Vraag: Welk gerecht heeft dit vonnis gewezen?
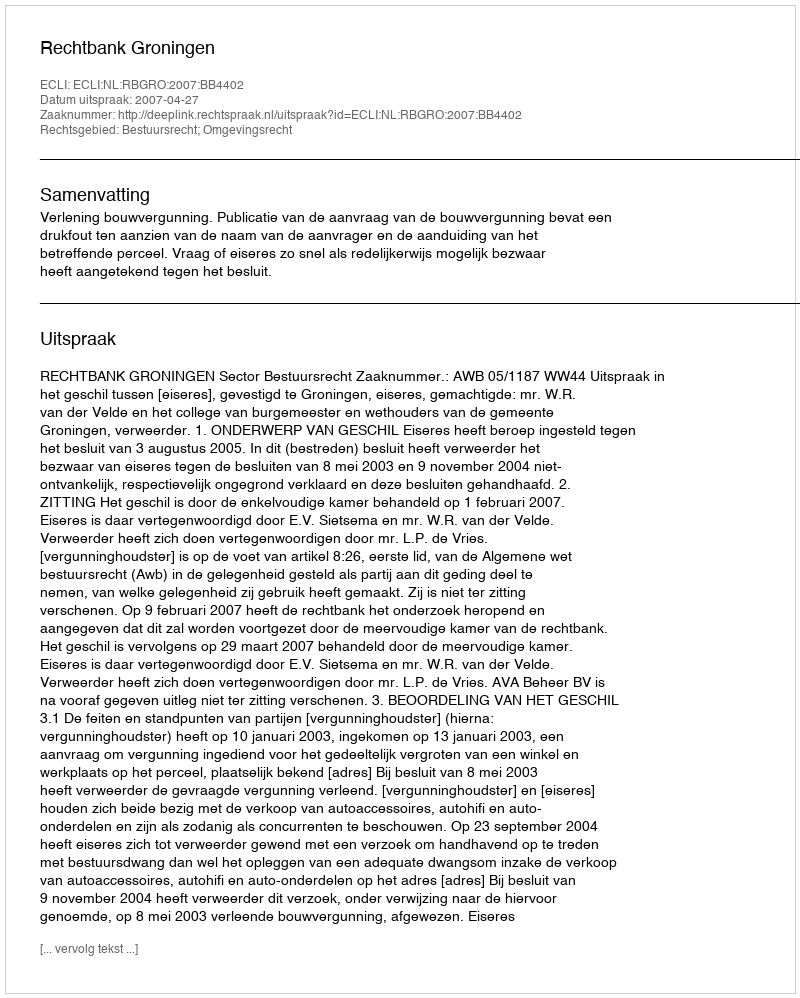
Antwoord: Rechtbank Groningen